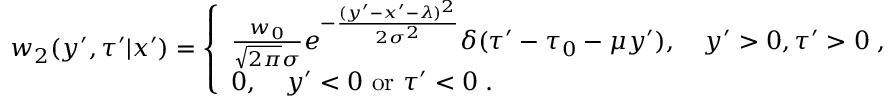
w _ { 2 } ( y ^ { \prime } , \tau ^ { \prime } | x ^ { \prime } ) = \left\{ \begin{array} { l } { { \frac { w _ { 0 } } { \sqrt { 2 \pi } \sigma } } e ^ { - { \frac { ( y ^ { \prime } - x ^ { \prime } - \lambda ) ^ { 2 } } { 2 \sigma ^ { 2 } } } } \delta ( \tau ^ { \prime } - \tau _ { 0 } - \mu y ^ { \prime } ) , \quad y ^ { \prime } > 0 , \tau ^ { \prime } > 0 \; , } \\ { 0 , \quad y ^ { \prime } < 0 \mathrm { ~ o r ~ } \tau ^ { \prime } < 0 \; . } \end{array} \right.